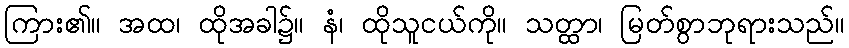
ကြား၏။ အထ၊ ထိုအခါ၌။ နံ၊ ထိုသူငယ်ကို။ သတ္ထာ၊ မြတ်စွာဘုရားသည်။